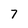
Character: 7